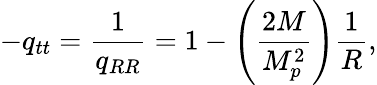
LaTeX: -q_{tt}=\frac{1}{q_{RR}}=1-\left(\frac{2M}{M_{p}^{2}}\right)\frac{1}{R},